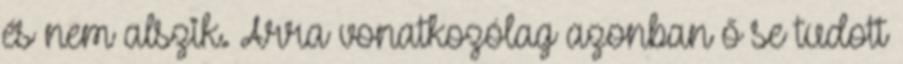
és nem alszik. Arra vonatkozólag azonban ő se tudott